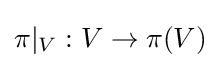
\pi |_{V}:V\rightarrow \pi (V)